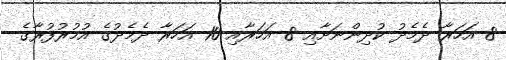
8 އަހަރާ ދެމެދު ކުދިންނަށާއި 8 އަހަރާއި 10 އަހަރާ ދެމެދުގެ އުމުރުފުރާގެ